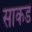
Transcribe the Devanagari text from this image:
साकडं